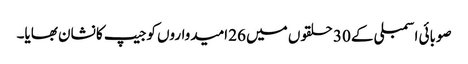
صوبائی اسمبلی کے 30 حلقوں میں 26 امیدواروں کوجیپ کا نشان بھایا۔